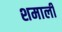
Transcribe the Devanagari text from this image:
शमाली